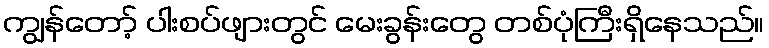
ကျွန်တော့် ပါးစပ်ဖျားတွင် မေးခွန်းတွေ တစ်ပုံကြီးရှိနေသည်။